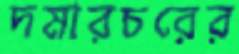
দমারচরের